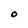
Character: O